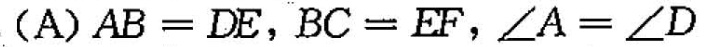
(A) $$A B = D E $$，$$B C = E F$$，$$∠ A = ∠ D$$